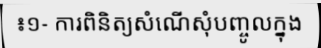
៖១- ការពិនិត្យសំណើសុំបញ្ចូលក្នុង